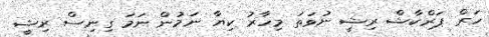
ހަރް ޕަރްކާޝް ރިޝީ ނުވަތަ މިހާރު ކިޔާ ނަމުން ނަމަ ގިނިސް ރިޝީ